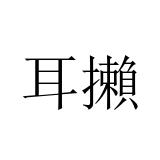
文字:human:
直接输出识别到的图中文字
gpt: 耳攋